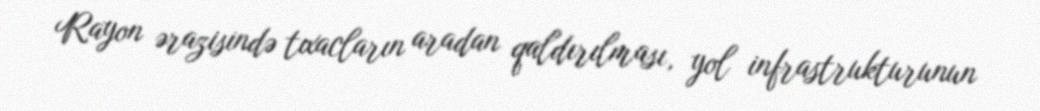
Rayon ərazisində tıxacların aradan qaldırılması, yol infrastrukturunun